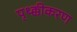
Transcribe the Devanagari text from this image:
पृथ्क्कीकरण